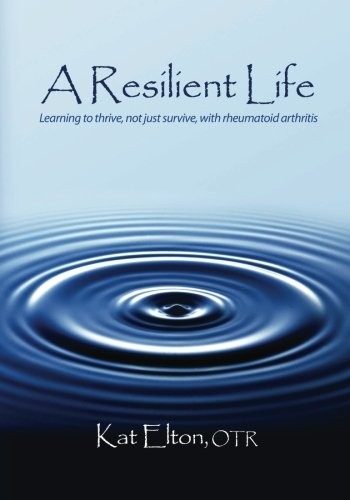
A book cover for A Resilient Life: Learning to thrive, not just survive with rheumatoid arthritis; OTR, Kat Elton; Health, Fitness & Dieting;